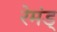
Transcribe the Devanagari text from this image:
रेमंड्